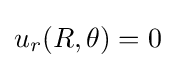
u_{r}(R,\theta )=0